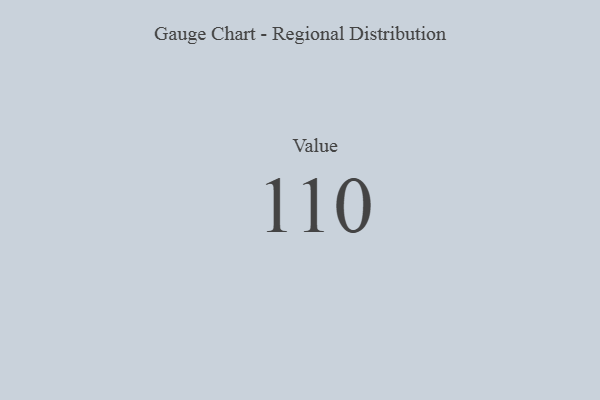
{"axis": {"x": "Metric", "y": "Value"}, "legend": [""], "data": [{"x": "Value", "y": 110, "type": ""}]}